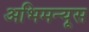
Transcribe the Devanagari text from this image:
अभिमन्यूस